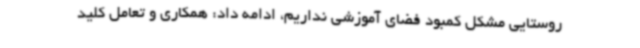
روستایی مشکل کمبود فضای آموزشی نداریم، ادامه داد: همکاری و تعامل کلید